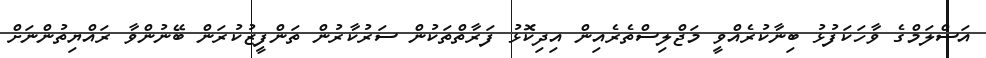
އަސްލަމްގެ ވާހަކަފުޅު ބިނާކުރެއްވީ މަޖްލިސްތެރެއިން އިދިކޮޅު ފަރާތްތަކުން ސަރުކާރުން ތަންފީޒުކުރަން ބޭނުންވާ ރައްޔިތުންނަށް